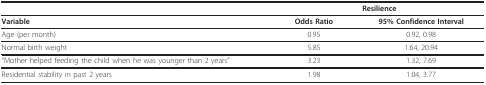
<table><thead><tr><td>[EMPTY_CELL]</td><td colspan="2"><b>Resilience</b></td></tr></thead><tbody><tr><td><b>Variable</b></td><td><b>Odds Ratio</b></td><td><b>95% Confidence Interval</b></td></tr><tr><td>Age (per month)</td><td>0.95</td><td>0.92, 0.98</td></tr><tr><td>Normal birth weight</td><td>5.85</td><td>1.64, 20.94</td></tr><tr><td>"Mother helped feeding the child when he was younger than 2 years"</td><td>3.23</td><td>1.32, 7.69</td></tr><tr><td>Residential stability in past 2 years</td><td>1.98</td><td>1.04, 3.77</td></tr></tbody></table>